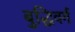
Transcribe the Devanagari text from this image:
बुद्धिवर्ग